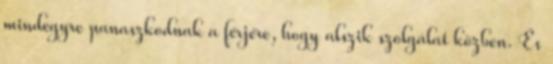
mindegyre panaszkodnak a férjére, hogy alszik szolgálat közben. És